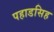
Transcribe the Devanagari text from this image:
पहाडसिह